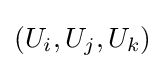
(U_{i},U_{j},U_{k})